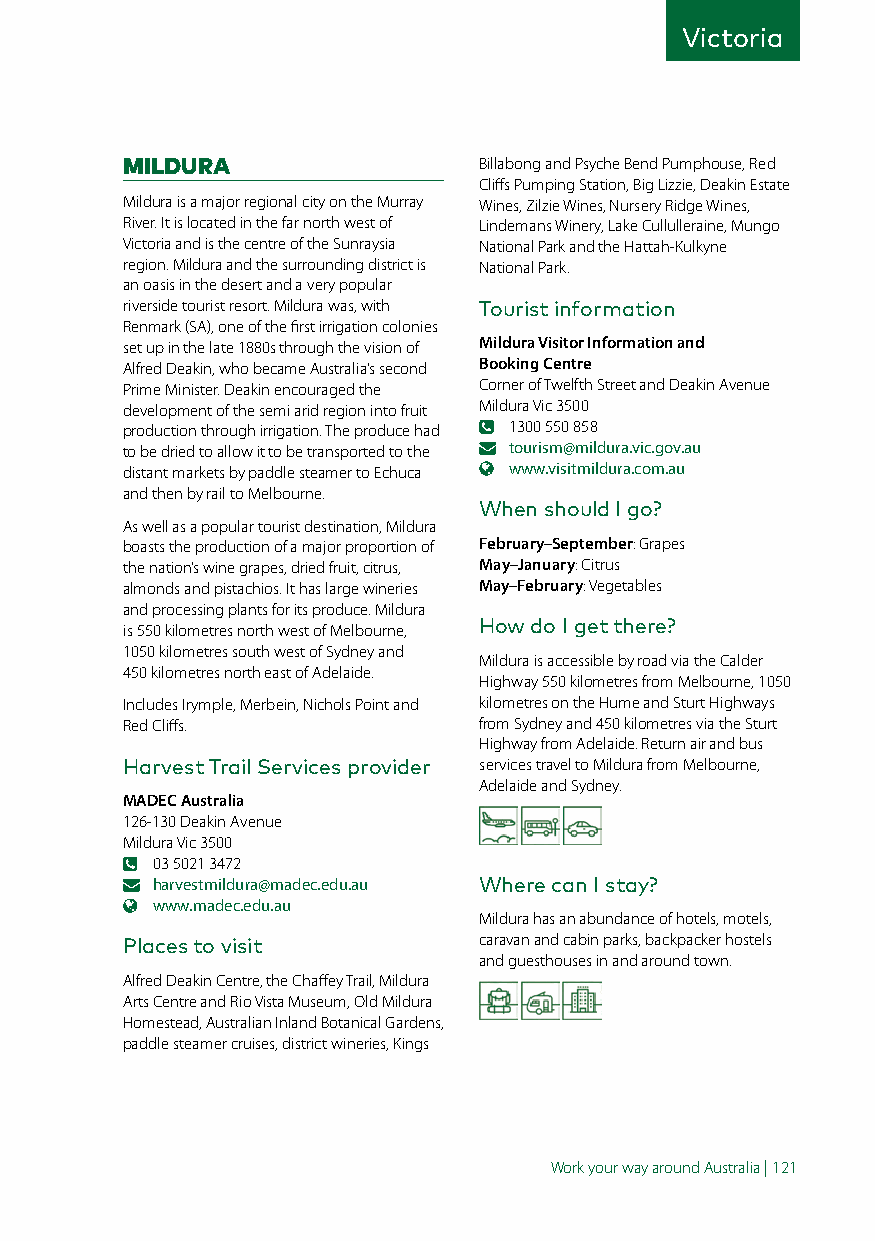
Victoria
 MILDURA                 Billabong and Psyche Bend Pumphouse, Red
 Cliffs Pumping Station, Big Lizzie, Deakin Estate
 Mildura is a major regional city on the Murray Wines, Zilzie Wines, Nursery Ridge Wines,
 River. It is located in the far north west of Lindemans Winery, Lake Cullulleraine, Mungo
 Victoria and is the centre of the Sunraysia National Park and the Hattah-Kulkyne
 region. Mildura and the surrounding district is National Park.
 an oasis in the desert and a very popular
 riverside tourist resort. Mildura was, with Tourist information
 Renmark (SA), one of the first irrigation colonies
 set up in the late 1880s through the vision of Mildura Visitor Information and
 Alfred Deakin, who became Australia’s second Booking Centre
 Prime Minister. Deakin encouraged the Corner of Twelfth Street and Deakin Avenue
 development of the semi arid region into fruit Mildura Vic 3500
 production through irrigation. The produce had 1300 550 858
 to be dried to allow it to be transported to the tourism@mildura.vic.gov.au
 distant markets by paddle steamer to Echuca www.visitmildura.com.au
 and then by rail to Melbourne.
 When should I go?
 As well as a popular tourist destination, Mildura
 boasts the production of a major proportion of February–September: Grapes
 the nation’s wine grapes, dried fruit, citrus, May–January: Citrus
 almonds and pistachios. It has large wineries May–February: Vegetables
 and processing plants for its produce. Mildura
 is 550 kilometres north west of Melbourne, How do I get there?
 1050 kilometres south west of Sydney and
 Mildura is accessible by road via the Calder
 450 kilometres north east of Adelaide.
 Highway 550 kilometres from Melbourne, 1050
 Includes Irymple, Merbein, Nichols Point and kilometres on the Hume and Sturt Highways
 Red Cliffs.             from Sydney and 450 kilometres via the Sturt
 Highway from Adelaide. Return air and bus
 Harvest Trail Services provider services travel to Mildura from Melbourne,
 Adelaide and Sydney.
 MADEC Australia
 126-130 Deakin Avenue
 Mildura Vic 3500
 03 5021 3472
 harvestmildura@madec.edu.au Where can I stay?
 www.madec.edu.au
 Mildura has an abundance of hotels, motels,
 Places to visit         caravan and cabin parks, backpacker hostels
 and guesthouses in and around town.
 Alfred Deakin Centre, the Chaffey Trail, Mildura
 Arts Centre and Rio Vista Museum, Old Mildura
 Homestead, Australian Inland Botanical Gardens,
 paddle steamer cruises, district wineries, Kings
 Work your way around Australia | 121